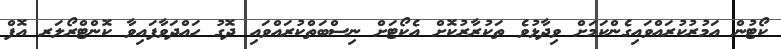
ކޯޓުން އަމުރުކުރައްވައިގެންކަމަށް ވިދާޅުވެ ތަކުރާރުކޮށް އެކޯޓަށް ނިސްބަތްކުރައްވައި ދޮގު ހައްދަވާފައިވާ ކޮންޓްރޯލަރ އޮފް